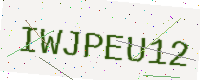
Text: IWJPEU12